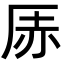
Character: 𪠇